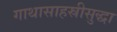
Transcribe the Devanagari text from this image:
गाथासाहस्रीसुद्धा